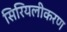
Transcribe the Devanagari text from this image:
सिरियलीकरण